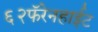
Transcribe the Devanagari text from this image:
६२फॅरेनहाईट